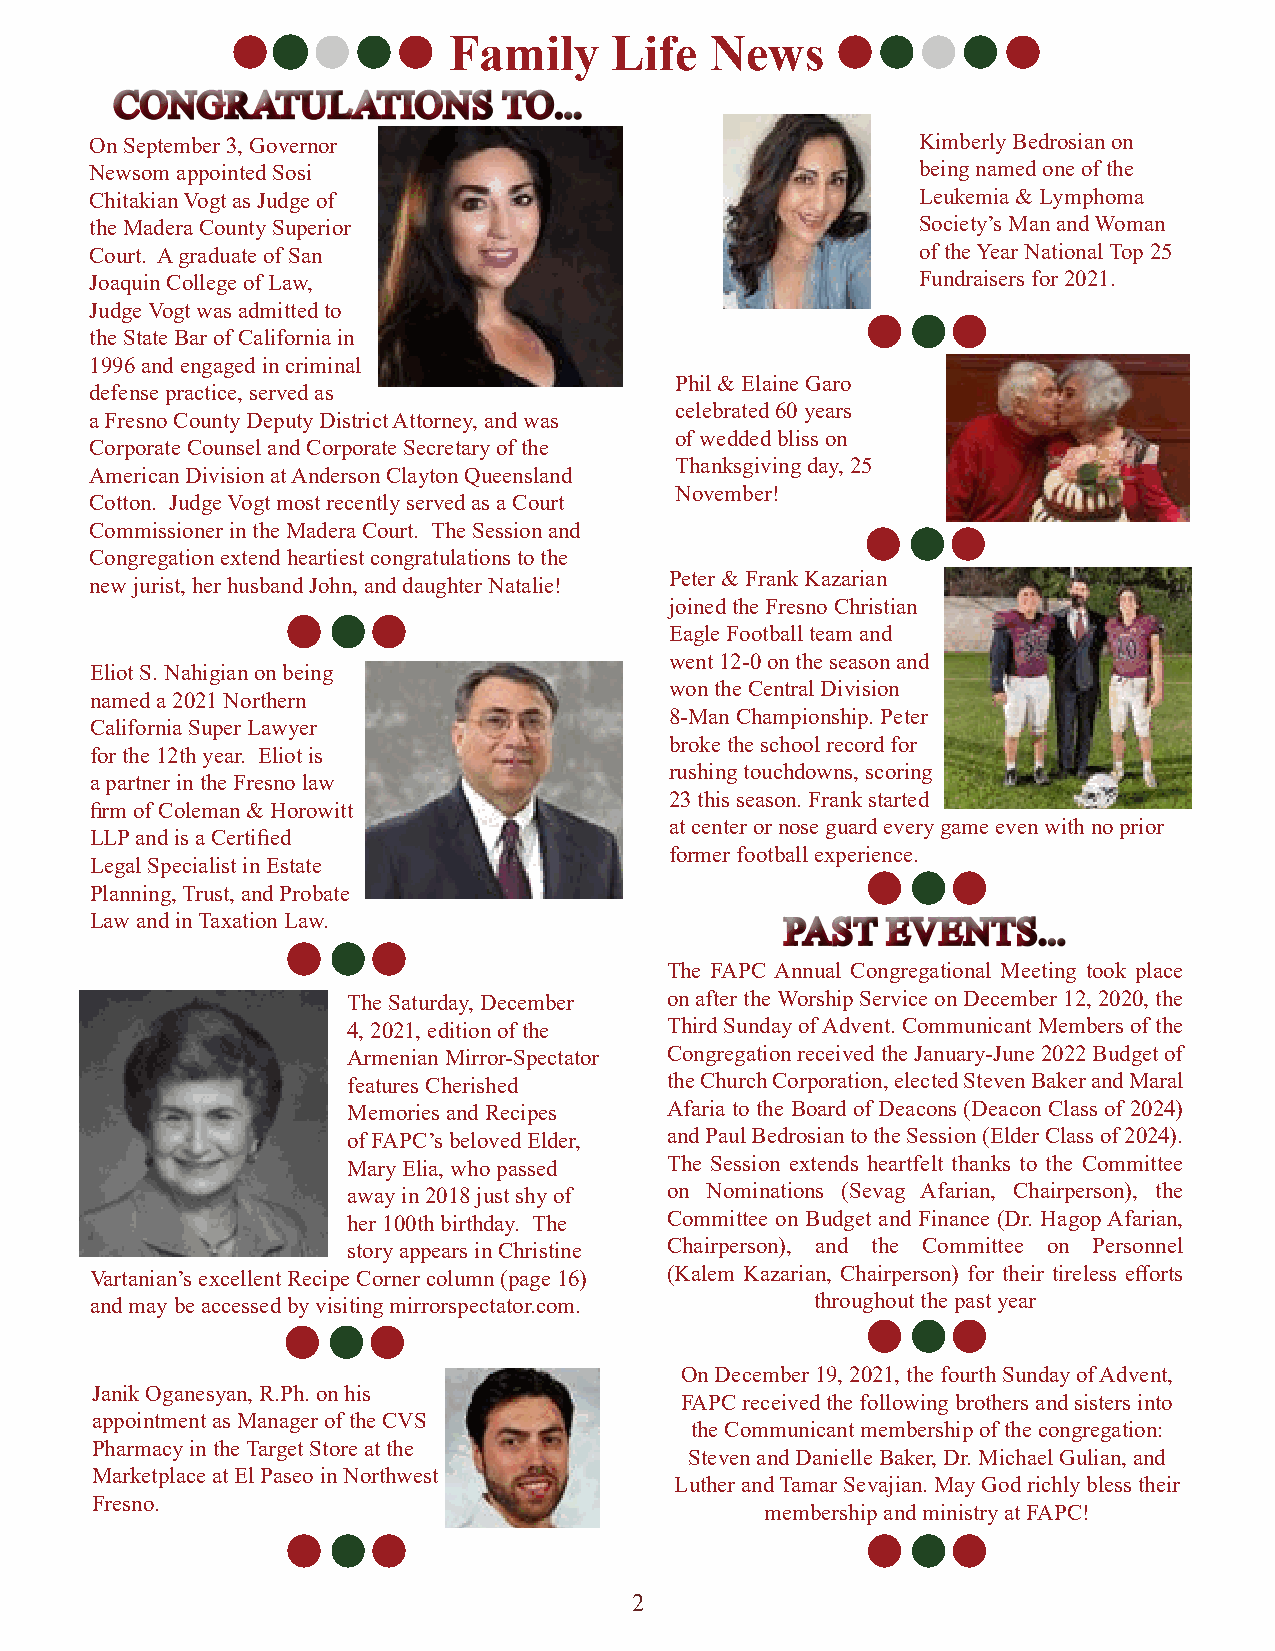
Family    Life   News
 CCOONNGGRRAATTUULLAATTIIOONNSS TTOO......
 On September 3, Governor                               Kimberly Bedrosian on
 Newsom appointed Sosi                                  being named one of the
 Chitakian Vogt as Judge of                             Leukemia & Lymphoma
 the Madera County Superior                             Society’s Man and Woman
 Court. A graduate of San                               of the Year National Top 25
 Joaquin College of Law,                                Fundraisers for 2021.
 Judge Vogt was admitted to
 the State Bar of California in
 1996 and engaged in criminal
 Phil & Elaine Garo
 defense practice, served as
 celebrated 60 years
 a Fresno County Deputy District Attorney, and was
 of wedded bliss on
 Corporate Counsel and Corporate Secretary of the
 Thanksgiving day, 25
 American Division at Anderson Clayton Queensland
 November!
 Cotton. Judge Vogt most recently served as a Court
 Commissioner in the Madera Court. The Session and
 Congregation extend heartiest congratulations to the
 Peter & Frank Kazarian
 new jurist, her husband John, and daughter Natalie!
 joined the Fresno Christian
 Eagle Football team and
 went 12-0 on the season and
 Eliot S. Nahigian on being
 won the Central Division
 named a 2021 Northern
 8-Man Championship. Peter
 California Super Lawyer
 broke the school record for
 for the 12th year. Eliot is
 rushing touchdowns, scoring
 a partner in the Fresno law
 23 this season. Frank started
 firm of Coleman & Horowitt
 at center or nose guard every game even with no prior
 LLP and is a Certified
 former football experience.
 Legal Specialist in Estate
 Planning, Trust, and Probate
 Law and in Taxation Law.                      PPAASSTT EEVVEENNTTSS......
 The FAPC Annual Congregational Meeting took place
 The Saturday, December on after the Worship Service on December 12, 2020, the
 4, 2021, edition of the Third Sunday of Advent. Communicant Members of the
 Armenian Mirror-Spectator Congregation received the January-June 2022 Budget of
 features Cherished   the Church Corporation, elected Steven Baker and Maral
 Memories and Recipes Afaria to the Board of Deacons (Deacon Class of 2024)
 of FAPC’s beloved Elder, and Paul Bedrosian to the Session (Elder Class of 2024).
 Mary Elia, who passed The Session extends heartfelt thanks to the Committee
 away in 2018 just shy of on Nominations (Sevag Afarian, Chairperson), the
 her 100th birthday. The Committee on Budget and Finance (Dr. Hagop Afarian,
 story appears in Christine Chairperson), and the Committee on Personnel
 Vartanian’s excellent Recipe Corner column (page 16) (Kalem Kazarian, Chairperson) for their tireless efforts
 and may be accessed by visiting mirrorspectator.com. throughout the past year
 On December 19, 2021, the fourth Sunday of Advent,
 Janik Oganesyan, R.Ph. on his
 FAPC received the following brothers and sisters into
 appointment as Manager of the CVS
 the Communicant membership of the congregation:
 Pharmacy in the Target Store at the
 Steven and Danielle Baker, Dr. Michael Gulian, and
 Marketplace at El Paseo in Northwest
 Luther and Tamar Sevajian. May God richly bless their
 Fresno.
 membership and ministry at FAPC!
 2